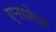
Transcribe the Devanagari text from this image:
एनाफे़ज़